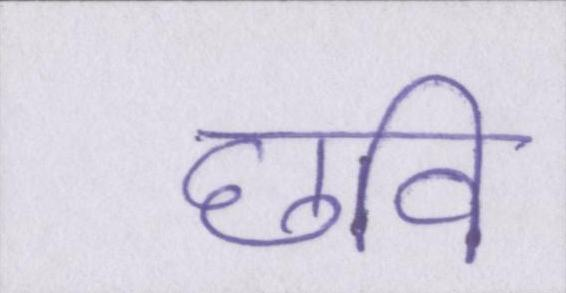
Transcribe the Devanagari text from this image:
छवि